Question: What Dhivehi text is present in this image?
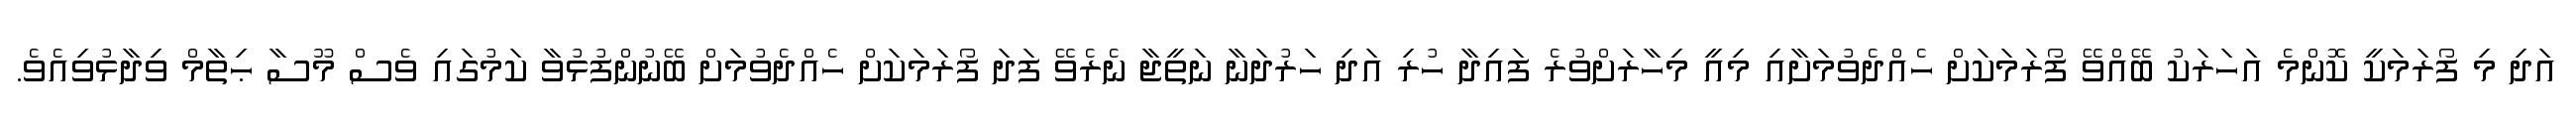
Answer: އަދި މި ފޯރަމަކީ ކޮންމެ އަހަރަކު ބޭއްވޭ ފޯރަމަކަށް ހެއްދެވުމަށާއި މިއީ މިހާރަށްވުރެ ފައިދާ ހުރި އަދި ހަރުދަނާ ނަތީޖާ ނެރެވޭ ފަދަ ފޯރަމަކަށް ހެއްދެވުމަށް ބޭނުންފުޅުވާ ކަމުގައި ވެސް މޫސާ ޙިތާމް ވިދާޅުވިއެވެ.